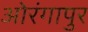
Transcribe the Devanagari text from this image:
ओरंगापुर